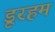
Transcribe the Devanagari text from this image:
डूरहम